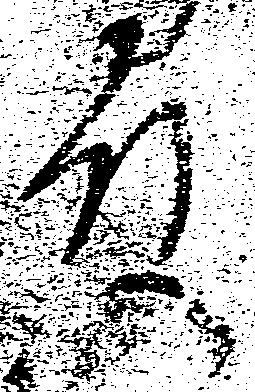
殿